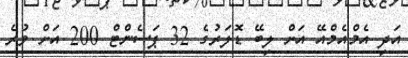
އަދި އެމްއެމްއޭ އަށް ލިބޭ ޑޮލަރުގެ 32 ޕަސެންޓް 200 އަށް ވުރެ